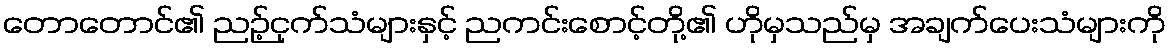
တောတောင်၏ ညဉ့်ငှက်သံများနှင့် ညကင်းစောင့်တို့၏ ဟိုမှသည်မှ အချက်ပေးသံများကို